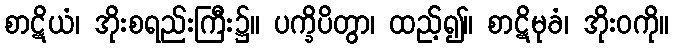
စာဋိယံ၊ အိုးစရည်းကြီး၌။ ပက္ခိပိတွာ၊ ထည့်၍။ စာဋိမုခံ၊ အိုးဝကို။